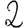
Digit: 2